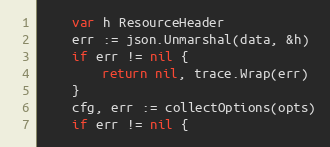
Language: Go
	var h ResourceHeader
	err := json.Unmarshal(data, &h)
	if err != nil {
		return nil, trace.Wrap(err)
	}
	cfg, err := collectOptions(opts)
	if err != nil {